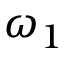
\omega _ { 1 }